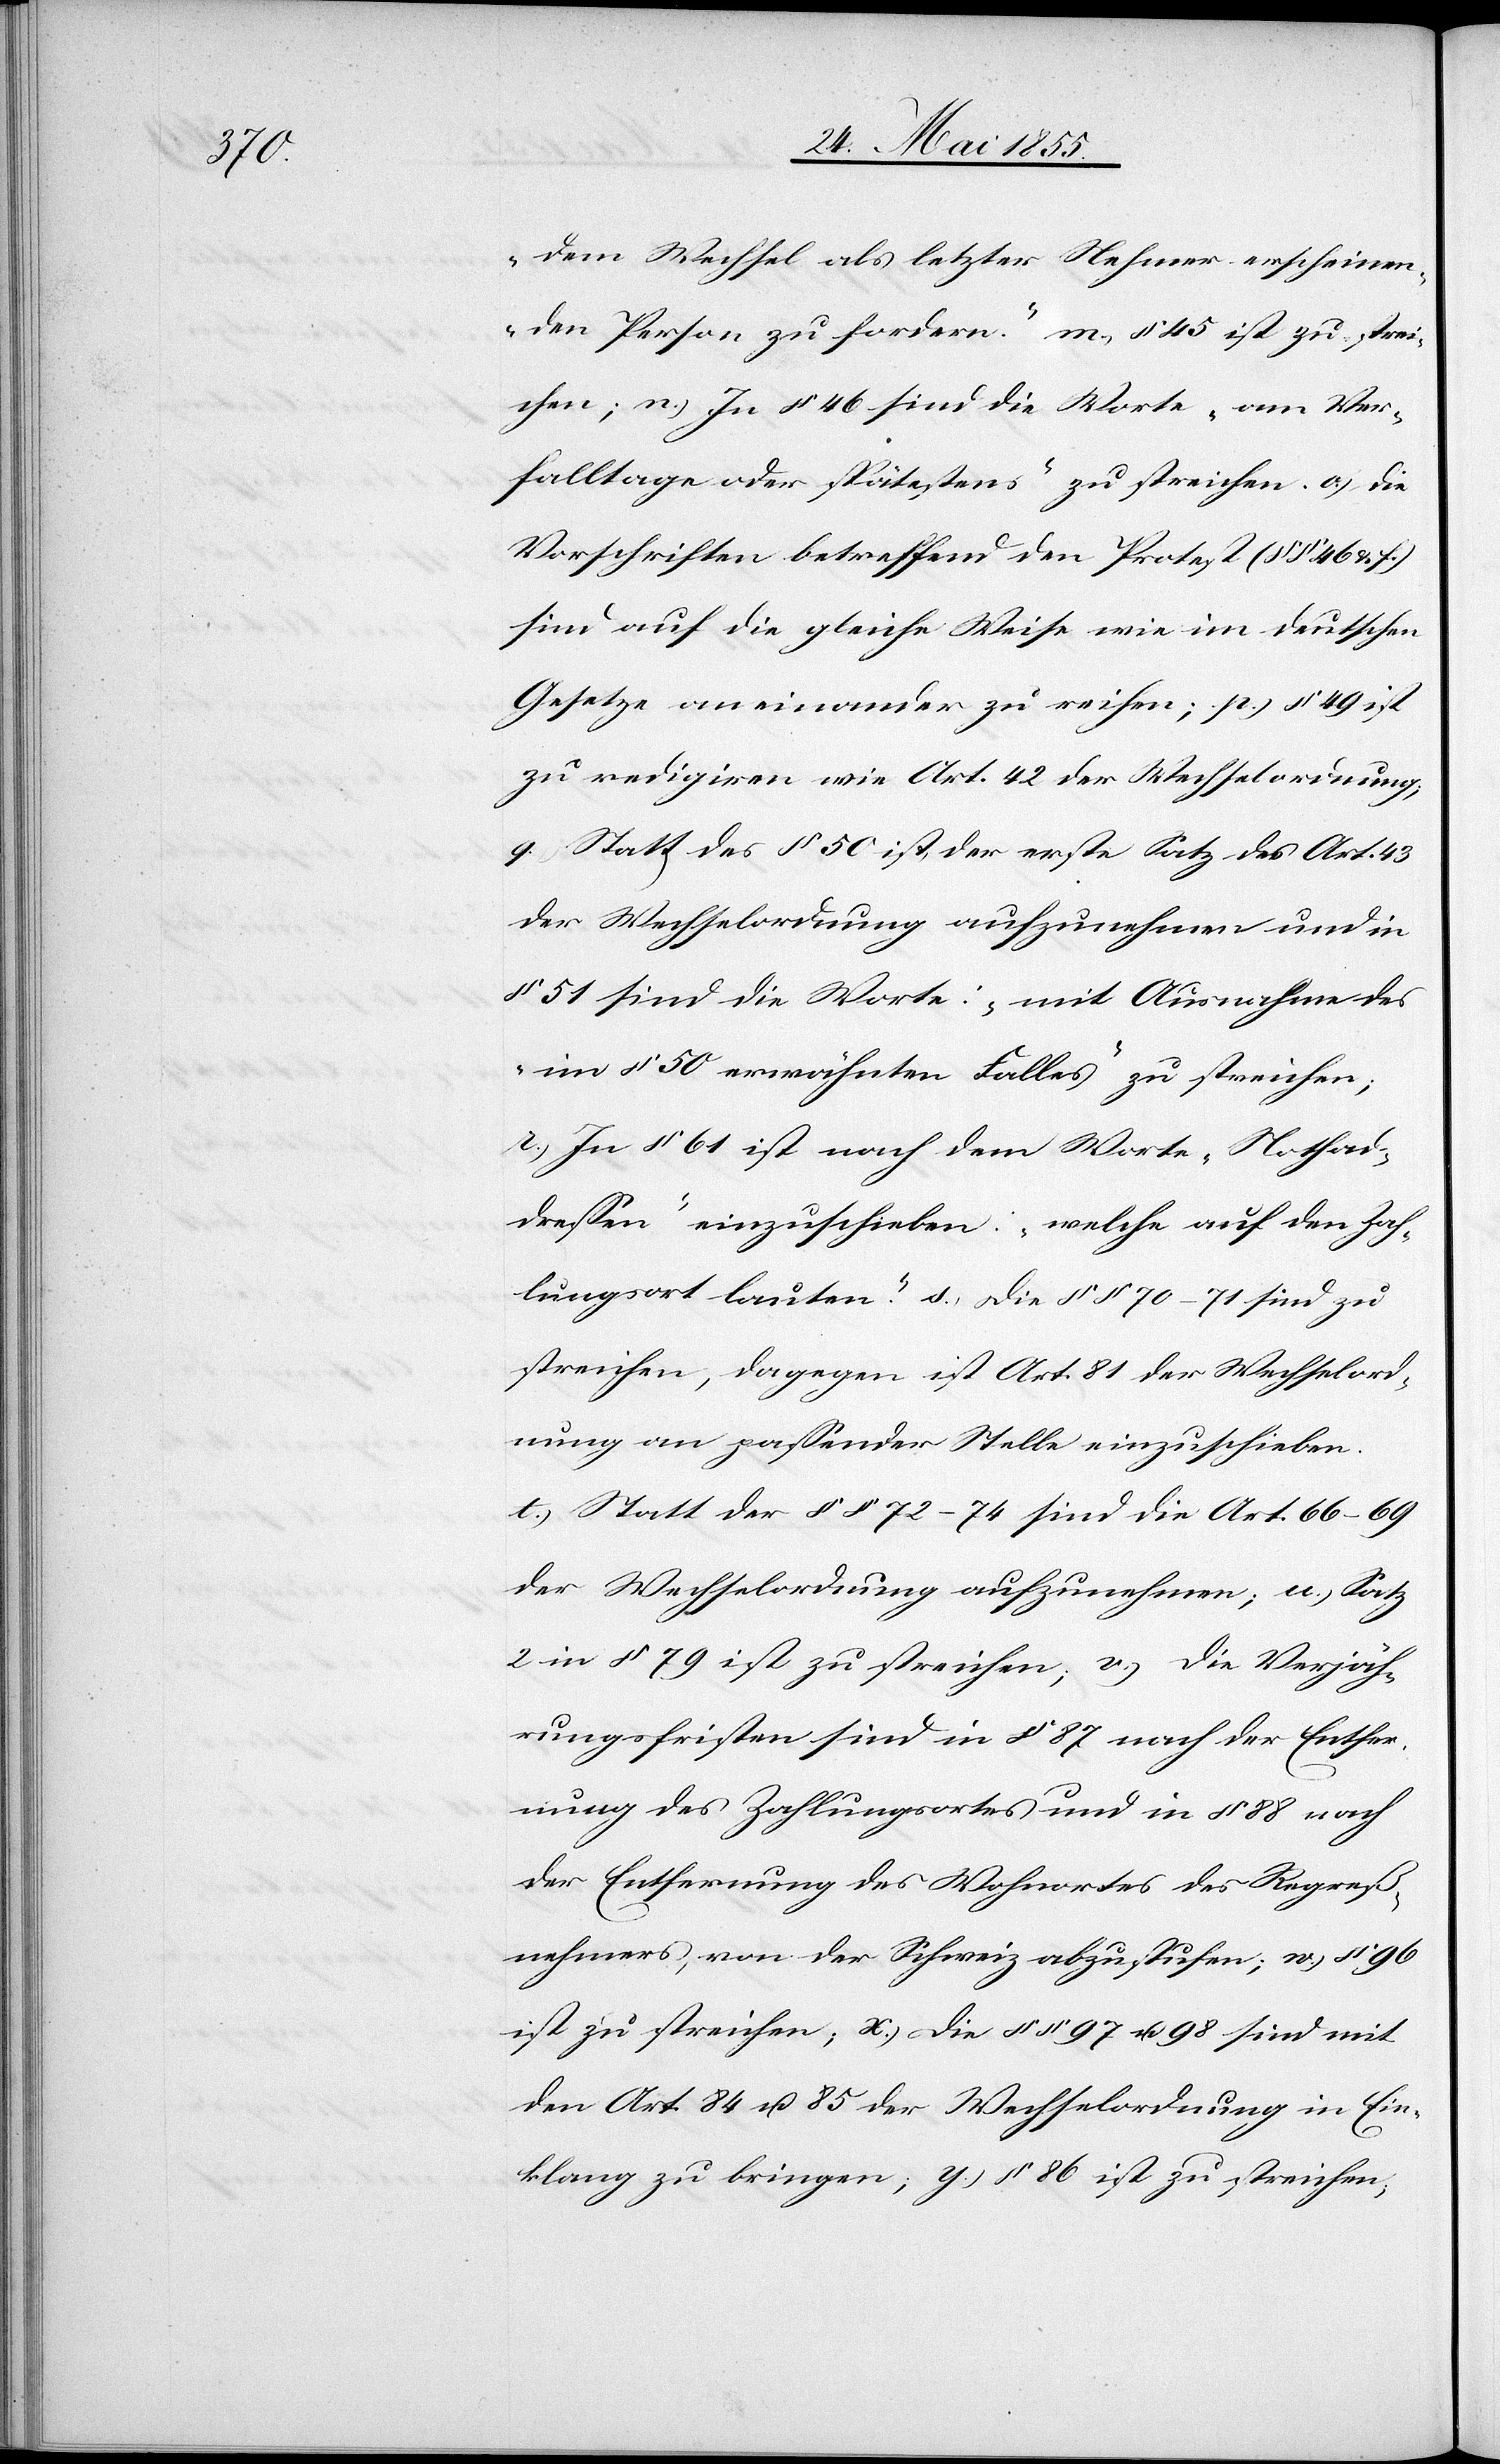
dem Wechsel als letzter Nehmer erscheinen¬
den Person zu fordern.“ m.) § 45 ist zu strei¬
chen; n.) In § 46 sind die Worte „am Ver¬
falltage oder spätestens“ zu streichen. o.) die
Vorschriften betreffend den Protest (§§ 46 & f.)
sind auf die gleiche Weise wie im deutschen
Gesetze aneinander zu reihen; p.) § 49 ist
zu redigiren wie Art. 42 der Wechselordnung;
q.) Statt des § 50 ist der erste Satz des Art. 43
der Wechselordnung aufzunehmen und in
§ 51 sind die Worte: „mit Ausnahme des
im § 50 erwähnten Falles“ zu streichen;
r.) In § 61 ist nach dem Worte „Nothad¬
dressen“ einzuschieben: „welche auf den Zah¬
lungsort lauten“. s.) Die §§ 70–71 sind zu
streichen, dagegen ist Art. 81 der Wechselord¬
nung an passender Stelle einzuschieben.
t.) Statt der §§ 72–74 sind die Art. 66–69
der Wechselordnung aufzunehmen; u.) Satz
2 in § 79 ist zu streichen; v.) die Verjäh¬
rungsfristen sind in § 87 nach der Entfer¬
nung des Zahlungsortes und in § 88 nach
der Entfernung des Wohnortes des Regreß¬
nehmers, von der Schweiz abzustufen; w.) § 96
ist zu streichen; x.) Die §§ 97 u. 98 sind mit
den Art. 84 u. 85 der Wechselordnung in Ein¬
klang zu bringen; y.) § 86 ist zu streichen;